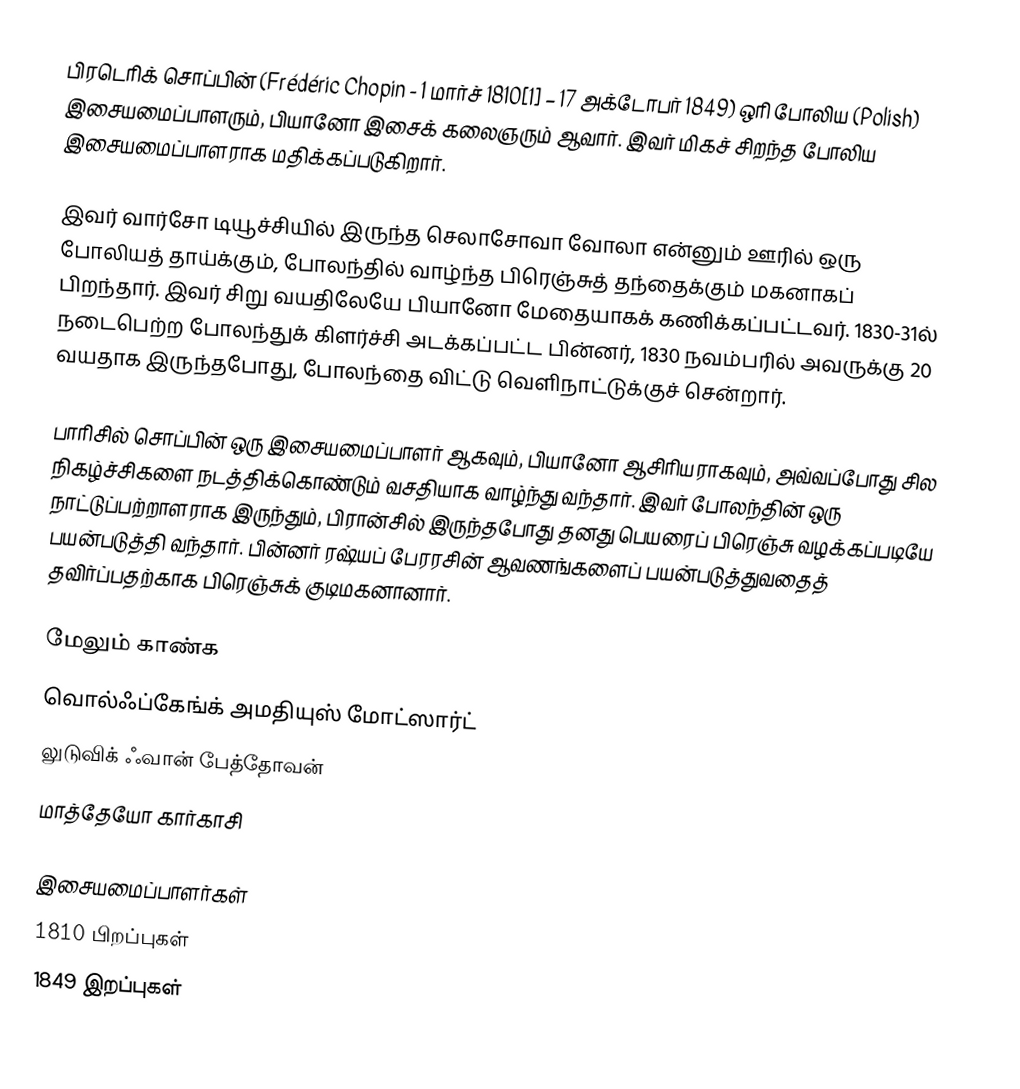
பிரடெரிக் சொப்பின் (Frédéric Chopin - 1 மார்ச் 1810[1] – 17 அக்டோபர் 1849) ஒரி போலிய (Polish) இசையமைப்பாளரும், பியானோ இசைக் கலைஞரும் ஆவார். இவர் மிகச் சிறந்த போலிய இசையமைப்பாளராக மதிக்கப்படுகிறார்.

இவர் வார்சோ டியூச்சியில் இருந்த செலாசோவா வோலா என்னும் ஊரில் ஒரு போலியத் தாய்க்கும், போலந்தில் வாழ்ந்த பிரெஞ்சுத் தந்தைக்கும் மகனாகப் பிறந்தார். இவர் சிறு வயதிலேயே பியானோ மேதையாகக் கணிக்கப்பட்டவர். 1830-31ல் நடைபெற்ற போலந்துக் கிளர்ச்சி அடக்கப்பட்ட பின்னர், 1830 நவம்பரில் அவருக்கு 20 வயதாக இருந்தபோது, போலந்தை விட்டு வெளிநாட்டுக்குச் சென்றார்.

பாரிசில் சொப்பின் ஒரு இசையமைப்பாளர் ஆகவும், பியானோ ஆசிரியராகவும், அவ்வப்போது சில நிகழ்ச்சிகளை நடத்திக்கொண்டும் வசதியாக வாழ்ந்து வந்தார். இவர் போலந்தின் ஒரு நாட்டுப்பற்றாளராக இருந்தும், பிரான்சில் இருந்தபோது தனது பெயரைப் பிரெஞ்சு வழக்கப்படியே பயன்படுத்தி வந்தார். பின்னர் ரஷ்யப் பேரரசின் ஆவணங்களைப் பயன்படுத்துவதைத் தவிர்ப்பதற்காக பிரெஞ்சுக் குடிமகனானார்.

மேலும் காண்க
 வொல்ஃப்கேங்க் அமதியுஸ் மோட்ஸார்ட்
 லுடுவிக் ஃவான் பேத்தோவன்
 மாத்தேயோ கார்காசி

இசையமைப்பாளர்கள்
1810 பிறப்புகள்
1849 இறப்புகள்